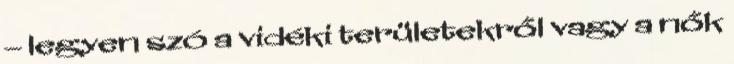
– legyen szó a vidéki területekről vagy a nők